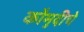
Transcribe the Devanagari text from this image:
कौमुदीचे